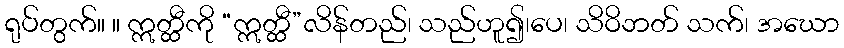
ရုပ်တွက်။ ။ ဣတ္ထီကို “ဣတ္ထီ”လိန်တည်၊ သည်ဟူ၍၊ပေ၊ သိဝိဘတ် သက်၊ အဃော